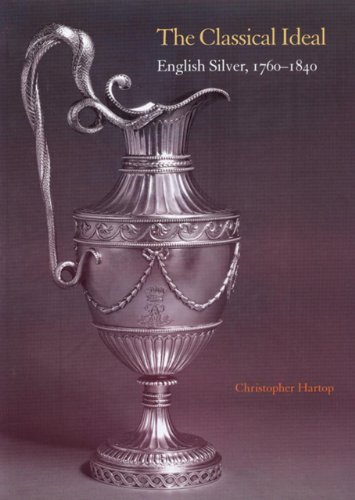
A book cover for The Classical Ideal: English Silver, 1760 1840; Christopher Hartop; Crafts, Hobbies & Home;